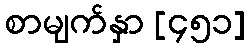
စာမျက်နှာ [၄၅၁]